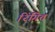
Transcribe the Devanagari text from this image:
रिंगित